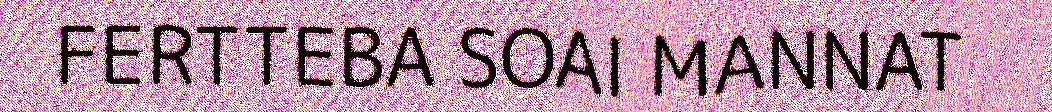
FERTTEBA SOAI MANNAT